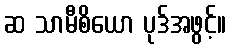
ဆ သာမီစိယော ပုဒ်အဖွင့်။